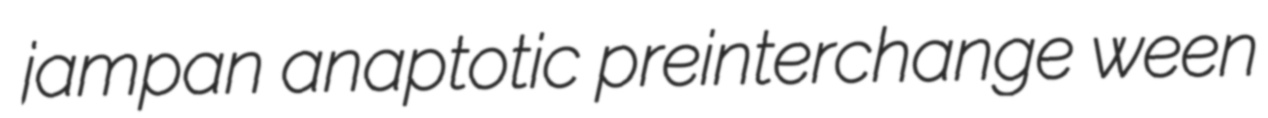
jampan anaptotic preinterchange ween